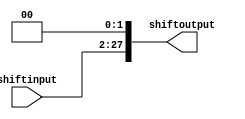
`timescale 1ns / 1ps
//////////////////////////////////////////////////////////////////////////////////
// Company: 
// Engineer: 
// 
// Design Name: 
// Module Name: ShiftLeft2
// Project Name: 
// Target Devices: 
// Tool Versions: 
// Description: 
// 
// Dependencies: 
// 
// Revision:
// Revision 0.01 - File Created
// Additional Comments:
// 
//////////////////////////////////////////////////////////////////////////////////


module ShifterID (
    shiftinput,
    shiftoutput
);
  input [25:0] shiftinput;
  output reg [27:0] shiftoutput;

  always @(*) begin
    shiftoutput <= shiftinput << 2;
  end
endmodule